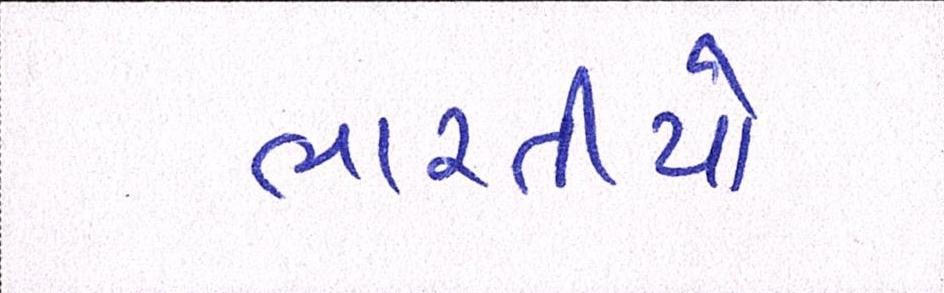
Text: ભારતીયો